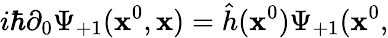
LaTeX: i\hbar\partial_{0}\Psi_{+1}(\mathbf{x}^{0},{\mathbf{\mathbf{x}}})=\hat{{h}}(\mathbf{x}^{0})\Psi_{+1}(\mathbf{x}^{0},